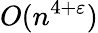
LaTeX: O(n^{4+\varepsilon})